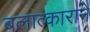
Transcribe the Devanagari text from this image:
बलात्काराने